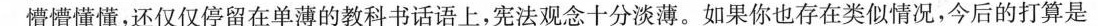
懵懵懂懂，还仅仅停留在单薄的教科书话语上，宪法观念十分淡薄。如果你也存在类似情况，今后的打算是